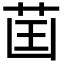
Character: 𦮒